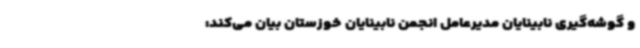
و گوشه‌گیری نابینایان مدیرعامل انجمن نابینایان خوزستان بیان می‌کند: